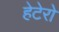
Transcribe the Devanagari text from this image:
हेटेरो